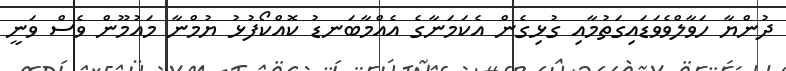
ދުންޔާ ހަވާލްވެވަޑައިގަތުމާއި ގުޅިގެން އެކަމަނާގެ އެއްމާބަނޑު ކޮއްކޯފުޅު ޔުމްނާ މައުމޫން ވެސް ވަނީ